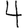
Digit: 4